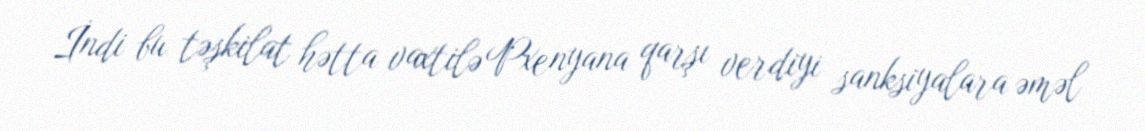
İndi bu təşkilat hətta vaxtilə Pxenyana qarşı verdiyi sanksiyalara əməl